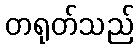
တရုတ်သည်